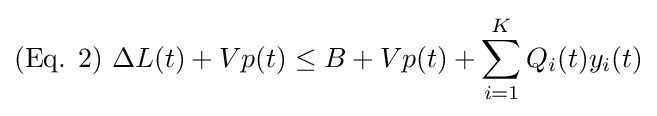
({\text{Eq. }}2){\text{  }}\Delta L(t)+Vp(t)\leq B+Vp(t)+\sum _{i=1}^{K}Q_{i}(t)y_{i}(t)